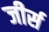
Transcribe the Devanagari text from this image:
जीर्स